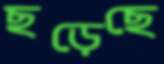
ছড়েছে